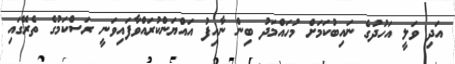
އަދި ވަލީ އަހުދުގެ ނައިބުކަމަށް މުހައްމަދު ބިން ނާއިފު އައްޔަންކުރައްވާފައިވަނީ ރަސްކަމުގެ ތެރޭގައި